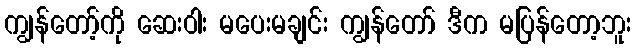
ကျွန်တော့်ကို ဆေးဝါး မပေးမချင်း ကျွန်တော် ဒီက မပြန်တော့ဘူး